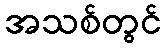
အသစ်တွင်